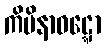
ကိမိနာဝဋ္ဋော